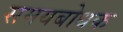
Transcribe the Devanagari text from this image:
समयबोधक